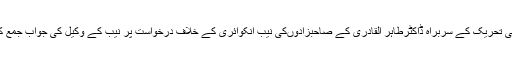
12 اکتوبر2017ء)لاہورہائیکورٹ نے عوامی تحریک کے سربراہ ڈاکٹرطاہر القادری کے صاحبزادوںکی نیب انکوائری کے خلاف درخواست پر نیب کے وکیل کی جواب جمع کرانے کیلئے مہلت کی استدعا منظور کر لی ۔